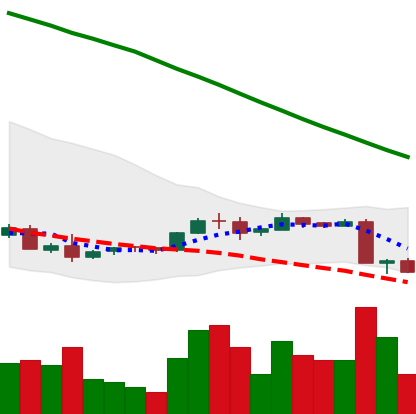
Ticker: ADA-USD
Chart end date: 2018-09-07
Forward return: -20.526%
Label: down_7plus